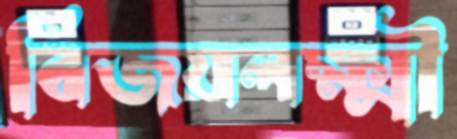
বিজয়লক্ষ্মী